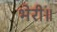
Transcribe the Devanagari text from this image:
भेरी॥